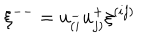
\xi ^ { -- } = u _ { ( i } ^ { - } u _ { j ) } ^ { + } \xi ^ { ( i j ) } \nonumber \,